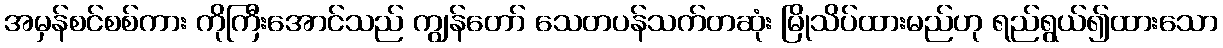
အမှန်စင်စစ်ကား ကိုကြီးအောင်သည် ကျွန်တော် သေတပန်သက်တဆုံး မြိုသိပ်ထားမည်ဟု ရည်ရွယ်၍ထားသော